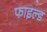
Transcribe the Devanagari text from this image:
फाइल्ड